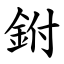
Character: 鉜